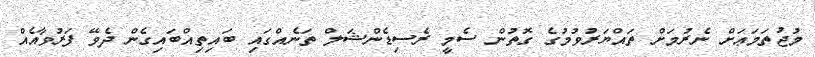
މުޖުތަމަޢަށް ނެރުމަށް ތައްޔަރުވުމުގެ ގޮތުން ސެމީ ރެސިޑެންޝަލް ތަނެއްގައި ބައިތިއްބައިގެން ދެވޭ ފަރުވާއެއް